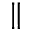
\parallel